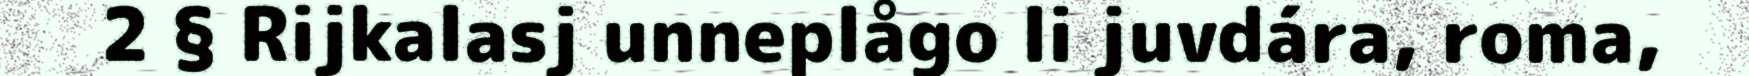
2 § Rijkalasj unneplågo li juvdára, roma,